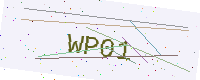
Text: WP01